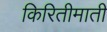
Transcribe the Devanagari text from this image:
किरितीमाती